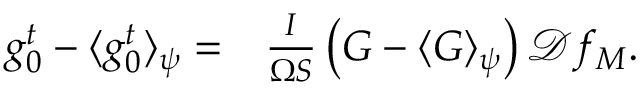
\begin{array} { r l } { g _ { 0 } ^ { t } - \langle g _ { 0 } ^ { t } \rangle _ { \psi } = } & { { } \frac { I } { \Omega S } \left( G - \langle G \rangle _ { \psi } \right) \mathcal { D } f _ { M } . } \end{array}